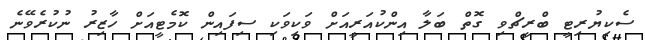
ސެކިޔުރިޓީ ބްރީޗްވި ގޮތް ބަލާ އިންކުއަރީއަށް ވަކިވަކި ސިފައިން ކޮމެޓީއަށް ހާޒިރު ނުކުރެވޭނެ